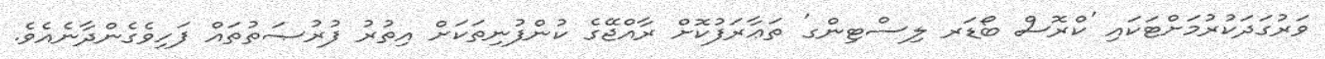
ވަރުގަދަކުރުމަށްޓަކައި 'ކްރޮސް ބޯޑަރ ލިސްޓިންގ' ތަޢާރަފުކޮށް ރާއްޖޭގެ ކުންފުނިތަކަށް އިތުރު ފުރުޞަތުތައް ފަހިވެގެންދާނެއެވެ.